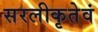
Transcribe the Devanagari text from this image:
सरलीकृतेवं